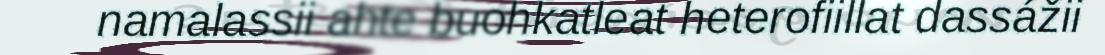
namalassii ahte buohkatleat heterofiillat dassážii